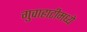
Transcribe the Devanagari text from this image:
गुवाहाटीमध्ये